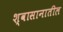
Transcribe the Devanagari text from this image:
श्वासानातील